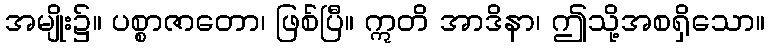
အမျိုး၌။ ပစ္စာဇာတော၊ ဖြစ်ပြီ။ ဣတိ အာဒိနာ၊ ဤသို့အစရှိသော။